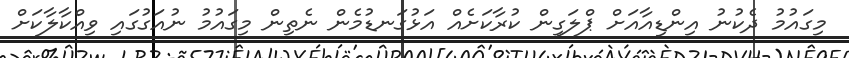
މިގައުމު ދެކުނު އިންޑިއާއަށް ޕްލަގިން ކުރާކަށެއް އަޅުގަނޑުމެން ނެތިން މިގައުމު ނުއަގުގައި ވިއްކާލާކަށް